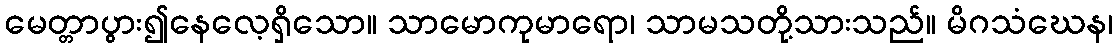
မေတ္တာပွား၍နေလေ့ရှိသော။ သာမောကုမာရော၊ သာမသတို့သားသည်။ မိဂသံဃေန၊